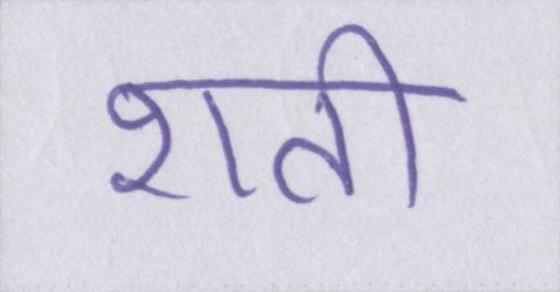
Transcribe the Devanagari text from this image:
शती